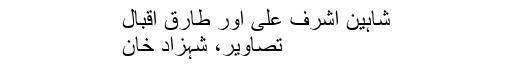
شاہین اشرف علی اور طارق اقبال
تصاویر، شہزاد خان